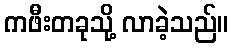
ကဖီးတခုသို့ လာခဲ့သည်။